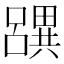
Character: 𤳧